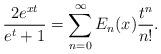
LaTeX: \begin{align*} \frac{2e^{xt}}{e^t + 1} = \sum\limits_{n=0}^\infty E_n(x) \frac{t^n}{n!}.\end{align*}